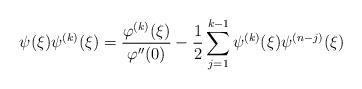
LaTeX: \begin{align*} \psi ( \xi ) \psi ^ { ( k ) } ( \xi ) = \frac { \varphi ^ { ( k ) } ( \xi ) } { \varphi '' ( 0 ) } - \frac 1 2 \sum _ { j = 1 } ^ { k - 1 } \psi ^ { ( k ) } ( \xi ) \psi ^ { ( n - j ) } ( \xi )\end{align*}